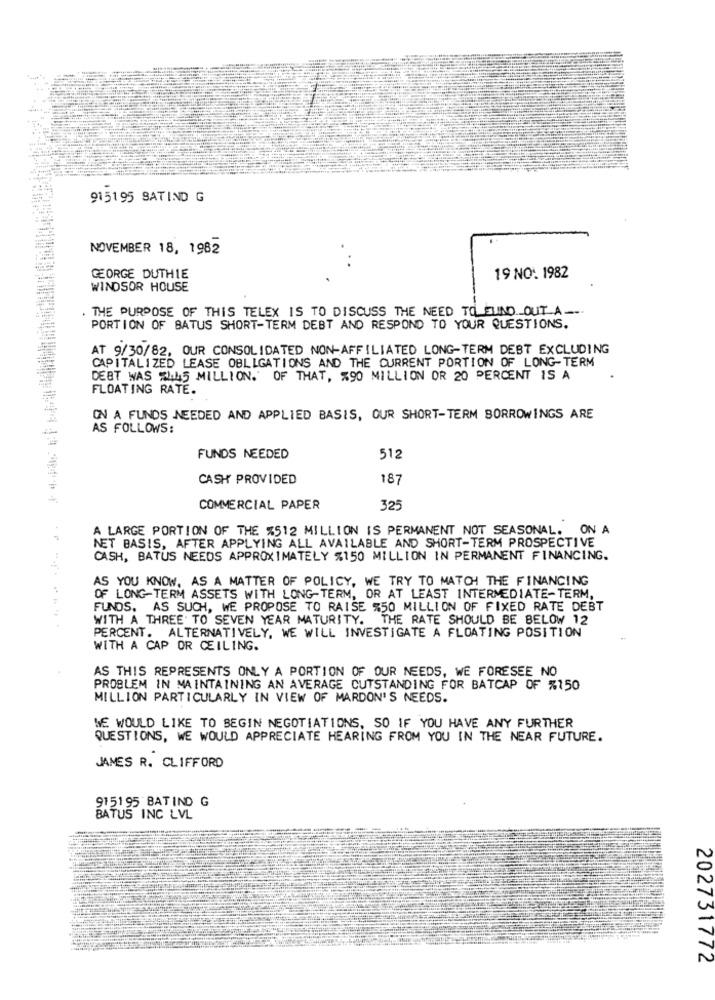
915195 SATIND G
NOVEMBER 18, 1982
GEORGE DUTHIE
19 NO: 1982
WINDSOR HOUSE
. THE PURPOSE OF THIS TELEX IS TO DISCUSS THE NEED TO FIND OUT A ...
PORTION OF BATUS SHORT-TERM DEBT AND RESPOND TO YOUR QUESTIONS.
AT 9/30/82, OUR CONSOLIDATED NON-AFFILIATED LONG-TERM DEBT EXCLUDING
CAPITALIZED LEASE OBLIGATIONS AND THE CURRENT PORTION OF LONG-TERM
DEBT WAS #445 MILLION. OF THAT, %90 MILLION OR 20 PERCENT IS A
FLOATING RATE.
ON A FUNDS NEEDED AND APPLIED BASIS, OUR SHORT-TERM BORROWINGS ARE
AS FOLLOWS:
FUNDS NEEDED
512
CASH PROVIDED
187
COMMERCIAL PAPER
325
A LARGE PORTION OF THE $512 MILLION IS PERMANENT NOT SEASONAL. ON A
NET BASIS, AFTER APPLYING ALL AVAILABLE AND SHORT-TERM PROSPECTIVE
CASH, BATUS NEEDS APPROXIMATELY %150 MILLION IN PERMANENT FINANCING.
AS YOU KNOW, AS A MATTER OF POLICY, WE TRY TO MATCH THE FINANCING
OF LONG-TERM ASSETS WITH LONG-TERM, OR AT LEAST INTERMEDIATE-TERM,
FUNDS. AS SUCH, WE PROPOSE TO RAISE %50 MILLION OF FIXED RATE DEBT
WITH A THREE TO SEVEN YEAR MATURITY. THE RATE SHOULD BE BELOW 12
PERCENT. ALTERNATIVELY, WE WILL INVESTIGATE A FLOATING POSITION
WITH A CAP OR CEILING.
AS THIS REPRESENTS ONLY A PORTION OF OUR NEEDS, WE FORESEE NO
PROBLEM IN MAINTAINING AN AVERAGE OUTSTANDING FOR BATCAP OF %150
MILLION PARTICULARLY IN VIEW OF MARDON'S NEEDS.
WE WOULD LIKE TO BEGIN NEGOTIATIONS, SO IF YOU HAVE ANY FURTHER
QUESTIONS, WE WOULD APPRECIATE HEARING FROM YOU IN THE NEAR FUTURE.
JAMES R. CLIFFORD
915195 BATIND G
BATUS INC LVL
202731772